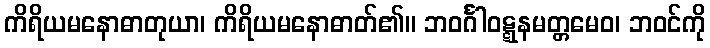
ကိရိယမနောဓာတုယာ၊ ကိရိယမနောဓာတ်၏။ ဘဝင်္ဂါဝဋ္ဋနမတ္တမေဝ၊ ဘဝင်ကို